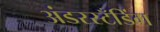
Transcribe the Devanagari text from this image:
अंडरस्टँडिंग